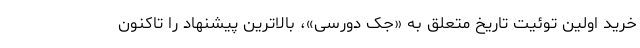
خرید اولین توئیت تاریخ متعلق به «جک دورسی»، بالاترین پیشنهاد را تاکنون